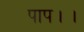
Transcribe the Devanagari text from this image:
पाप।।